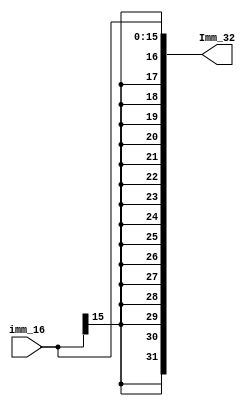
`timescale 1ns / 1ps
//////////////////////////////////////////////////////////////////////////////////
// Company: 
// Engineer: 
// 
// Design Name: 
// Module Name:    Ext_imm16 
// Project Name: 
// Target Devices: 
// Tool versions: 
// Description: 
//
// Dependencies: 
//
// Revision: 
// Revision 0.01 - File Created
// Additional Comments: 
//
//////////////////////////////////////////////////////////////////////////////////
module Ext_32(input [15:0] imm_16,
				  output[31:0] Imm_32
				 );

	assign Imm_32 = {{16{imm_16[15]}},imm_16[15:0]};
	
endmodule